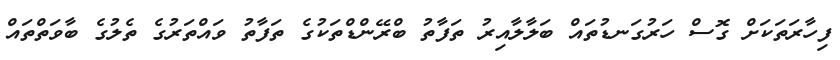
ފިހާރަތަކަށް ގޮސް ހަރުގަނޑުތައް ބަލާލާއިރު ތަފާތު ބްރޭންޑްތަކުގެ ތަފާތު ވައްތަރުގެ ތެލުގެ ބާވަތްތައް